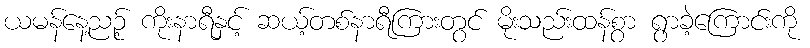
ယမန်နေ့ညဉ့် ကိုးနာရီနှင့် ဆယ့်တစ်နာရီကြားတွင် မိုးသည်းထန်စွာ ရွာခဲ့ကြောင်းကို